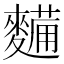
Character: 𮮀